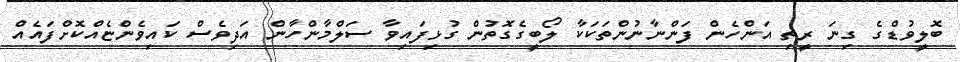
ބޮލީވުޑްގެ ގިނަ ރީތި އަންހެން ފަންނާނުންތަކަކާ ލޯބީގެގޮތުން ގުޅިފައިވާ ސަލްމާންހާން އަދިވެސް ކައިވެންޏެއްކޮށްފައެއް